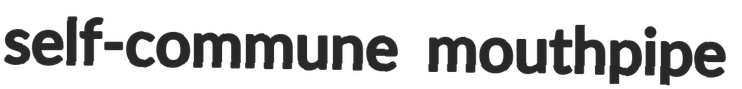
self-commune mouthpipe